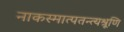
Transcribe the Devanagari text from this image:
नाकस्मात्पतन्त्यश्रूणि